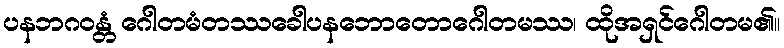
ပနဘဂဝန္တံ ဂေါတမံတဿခေါပနဘောတောဂေါတမဿ၊ ထိုအရှင်ဂေါတမ၏။